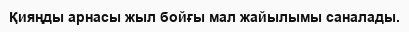
Қияңды арнасы жыл бойғы мал жайылымы саналады.